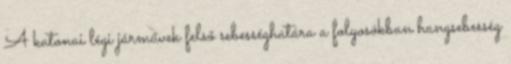
A katonai légi járművek felső sebességhatára a folyosókban hangsebesség